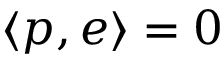
\langle p , e \rangle = 0